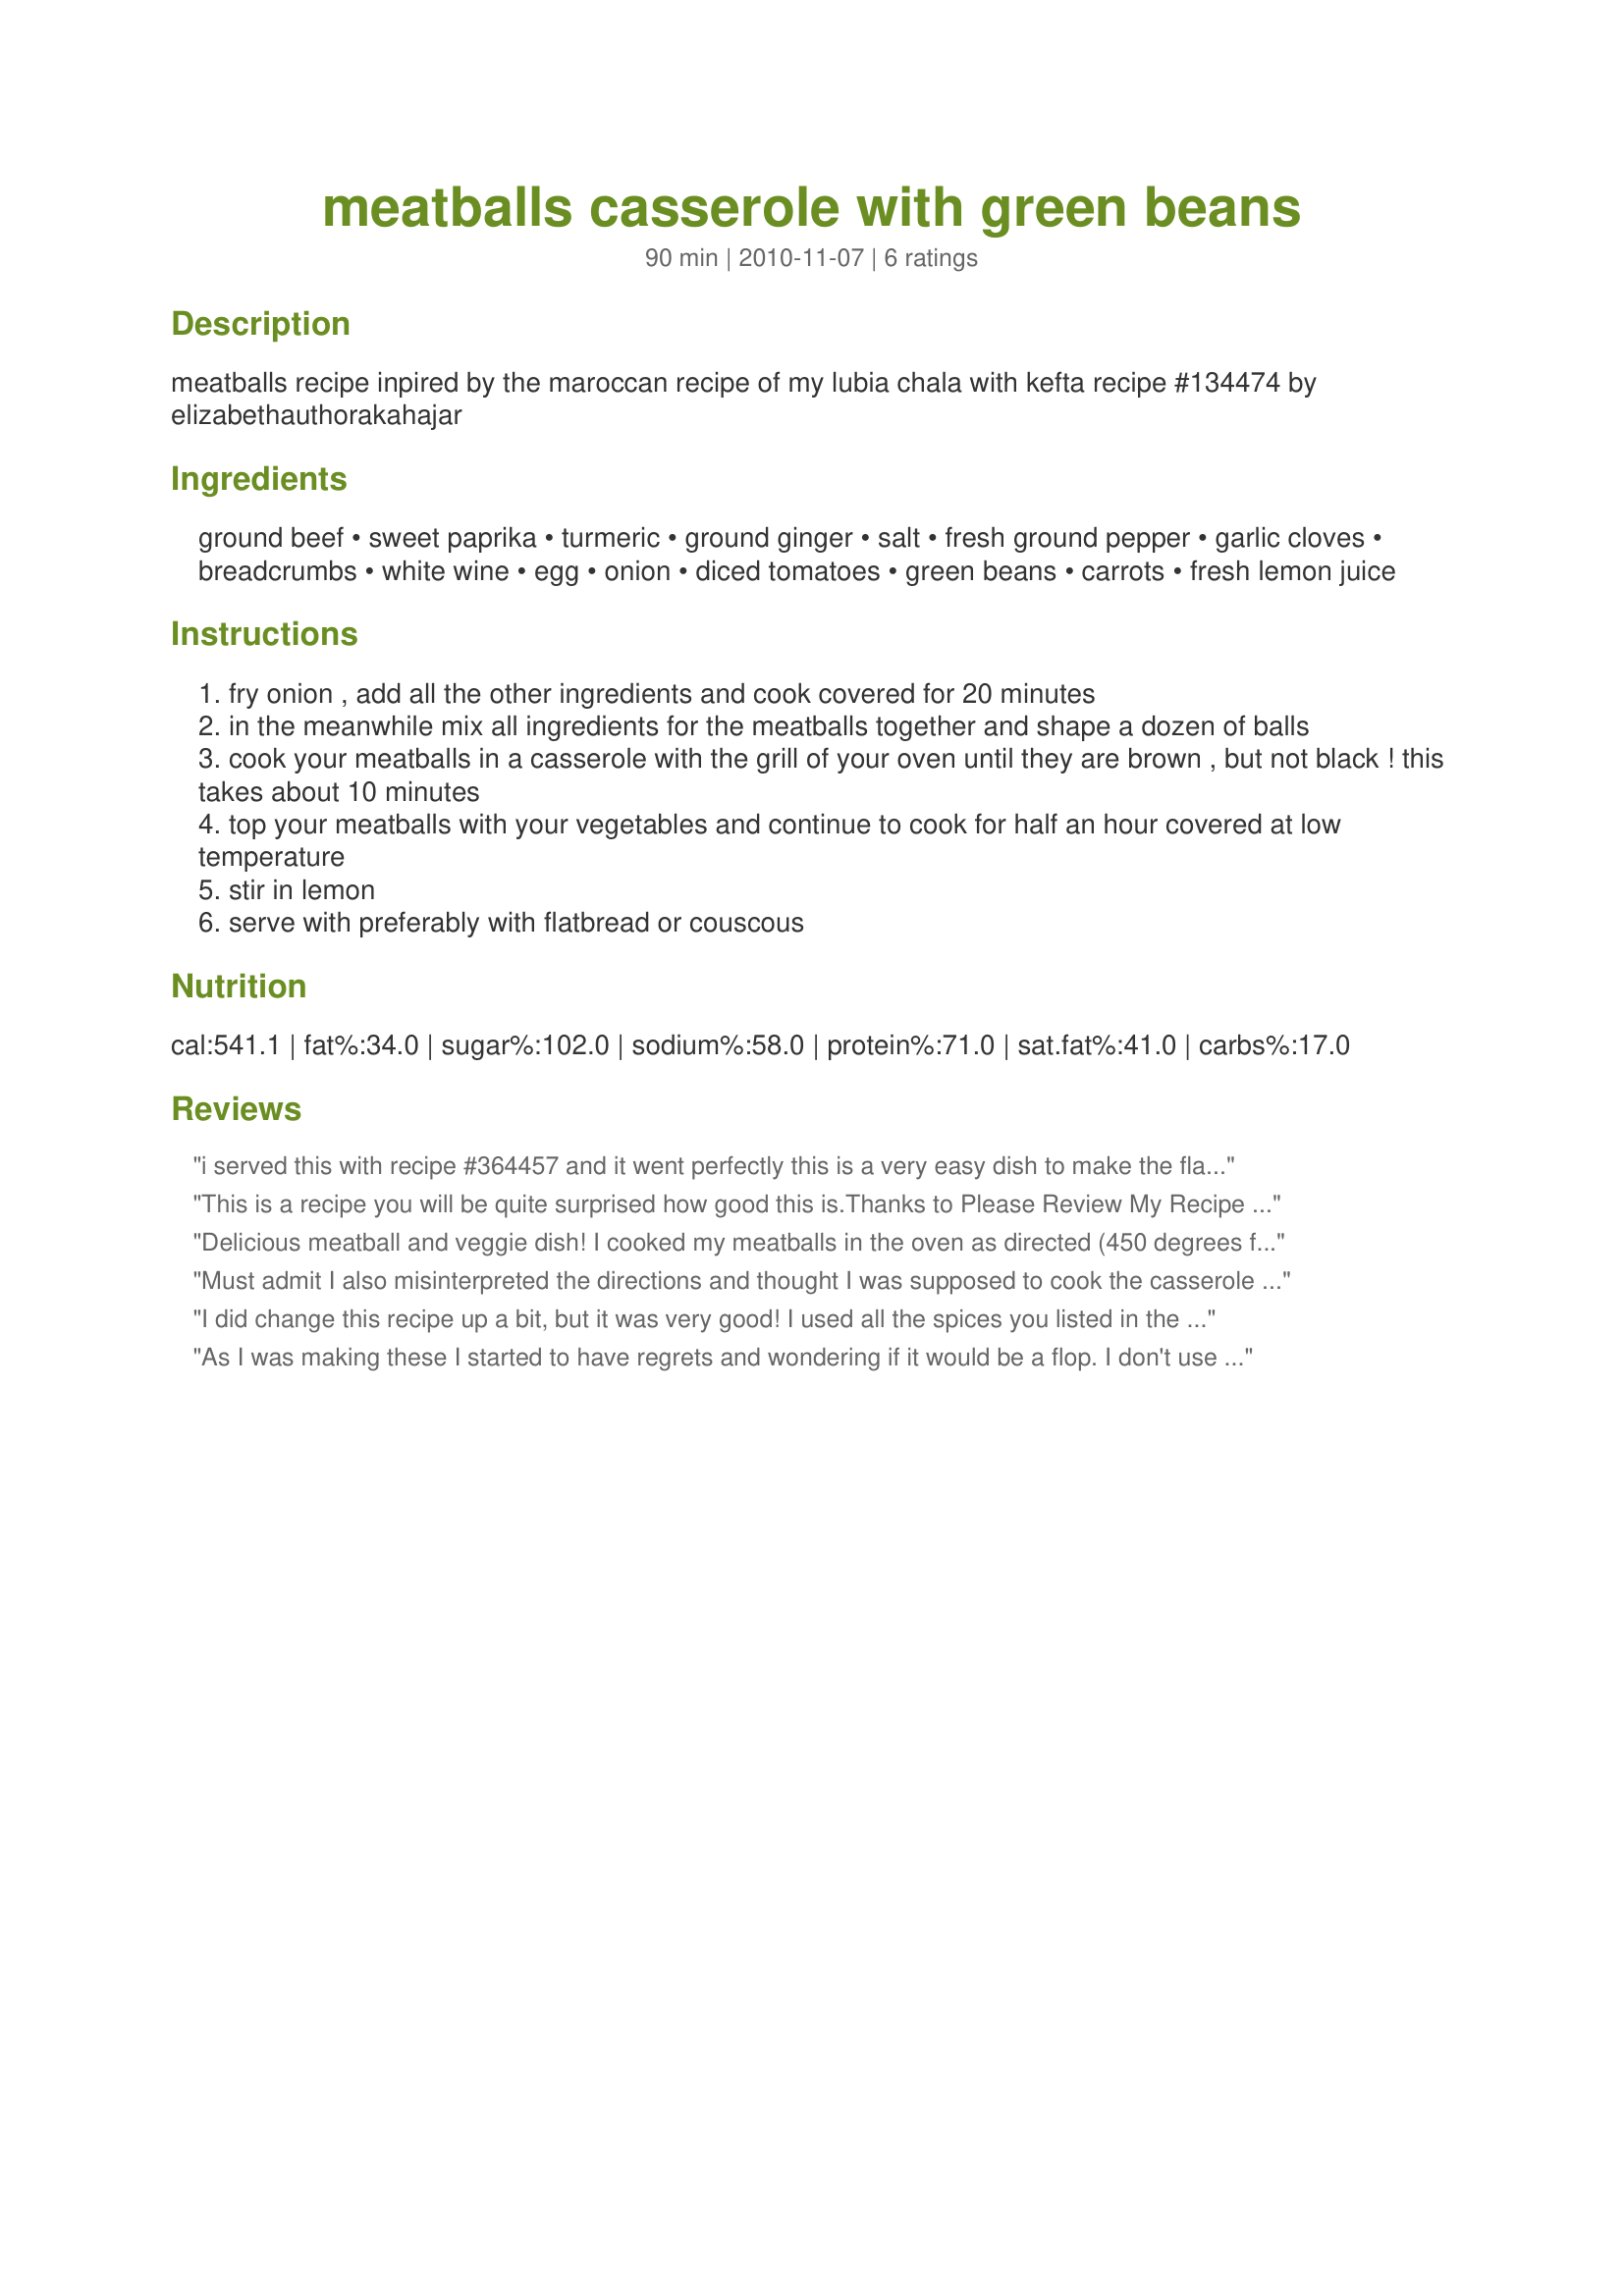
meatballs casserole with green beans
Preparation time: 90 minutes

meatballs recipe inpired by the maroccan recipe of my lubia chala with kefta recipe #134474 by elizabethauthorakahajar

Ingredients:
ground beef, sweet paprika, turmeric, ground ginger, salt, fresh ground pepper, garlic cloves, breadcrumbs, white wine, egg, onion, diced tomatoes, green beans, carrots, fresh lemon juice

Steps:
fry onion , add all the other ingredients and cook covered for 20 minutes
in the meanwhile mix all ingredients for the meatballs together and shape a dozen of balls
cook your meatballs in a casserole with the grill of your oven until they are brown , but not black ! this takes about 10 minutes
top your meatballs with your vegetables and continue to cook for half an hour covered at low temperature
stir in lemon
serve with preferably with flatbread or couscous

Reviews:
i served this with recipe #364457 and it went perfectly this is a very easy dish to make the flavors dont overpower here . really good thank you
This is a recipe you will be quite surprised how good this is.<br/><br/>Thanks to Please Review My Recipe I chose to try this recipe.<br/><br/>I chose to make our dish on top of the stove, browing the meetballs then placing them on top of the vegi's. <br/><br/>This recipe will be in a family favorite cook book here.
Delicious meatball and veggie dish! I cooked my meatballs in the oven as directed (450 degrees for about 15 minutes), then just added them to the skillet with the veggies for the final 30 minutes. The meatballs were so moist and flavorful and great with all those veggies. Served with whole wheat pasta and just loved this - thanks for sharing the recipe! Made for the Best of 2011 event, recommended by BLUE ROSE
Must admit I also misinterpreted the directions and thought I was supposed to cook the casserole on top of the stove, but this worked well, to be honest, I chose to brown the meatballs in a heavy frying pan and added the pre-sauteed vegetables to that, covering and cooking at a low heat. We really enjoyed the fusion of flavours, slightly exotic without being too strong for the girls, and absolutely perfect served on couscous, which we all love. Good moist meatballs, the vegetables were not overcooked, this was enjoyed by all, and DH enjoyed the leftovers for a very good lunch today!!! Thank you, awalde, another excellent recipe, made for PRMR tag game.
I did change this recipe up a bit, but it was very good! I used all the spices you listed in the recipe, but also added a little bit of cumin seed pepper flakes, and cinnamon (I love that combination in meatballs), and cooked everything on the stovetop. All in all, a very nice weekday recipe, thanks for posting! Made for January NA*ME Tag.
As I was making these I started to have regrets and wondering if it would be a flop. I don't use tumeric much and I was worried that hubby wouldn't like the recipe. I was also a little frustrated with the instructions as written. The meatball ingredients are listed first but the instructions launch into the vegetable instructions saying to "add all the other ingredients". A newbie cook could easily get confused! Also in #4 it says to cook on low presumably in the oven. I'm not familiar with "low" in the oven so I just cooked at 350F which is a standard baking temp. Also as I'm now seeing your picture, I see you sliced the carrots, the instructions say diced carrots, peeled and sliced. So I diced the carrots. No harm done... they still tasted fine. <br/>I live in the US where we don't default to metric but luckily I have a scale which converts. I used the full amount of carrots but only had about 500g of green beans. I told DH that it was supposed to have more but he said he liked the porportions that I made.<br/>With the above complaints I was tempted to give it 3 stars but was surprised and pleased with the actual recipe. It was very easy to throw together and felt very "healthy" because of all the vegetables. In the past, DH has not been a big meatball fan but he said he liked them because they didn't dry out. I didn't have anything to serve it with except white rice... I think that flatbread would be the ideal choice. I still may try the original recipe one time to see which I want to make on an ongoing basis. Thanks for posting! Made for PRMR<br/>(sorry I didn't take a photo, I forgot that this was a tagged recipe)
